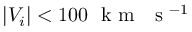
| V _ { i } | < 1 0 0 ~ \textrm { k m } ~ \textrm { s } ^ { - 1 }